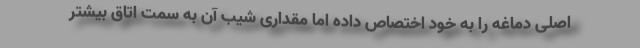
اصلی دماغه را به خود اختصاص داده اما مقداری شیب آن به سمت اتاق بیشتر